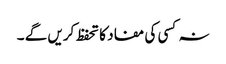
نہ کسی کی مفاد کا تحفظ کریں گے ۔